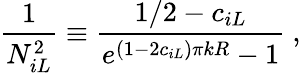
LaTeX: \frac{1}{N_{iL}^{2}}\equiv\frac{1/2-c_{iL}}{e^{(1-2c_{iL})\pi kR}-1}~,